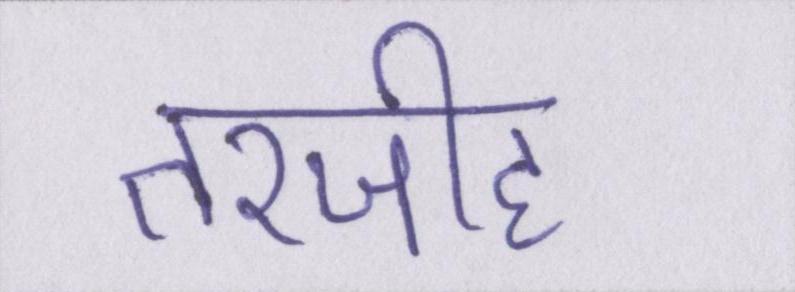
तरजीह